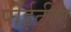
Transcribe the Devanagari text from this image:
पीईटीए